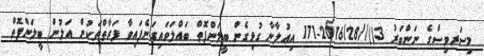
މިސަރވިސްގެ ނަންބަރު 3()//2016/28-171 އިޢުލާނާ ގުޅިގެން ބީލަންފޮތް ބައްލަވައިގަނެފައިވާ ފަރާތްތަކުން އަލުން ބީލަންފޮތް